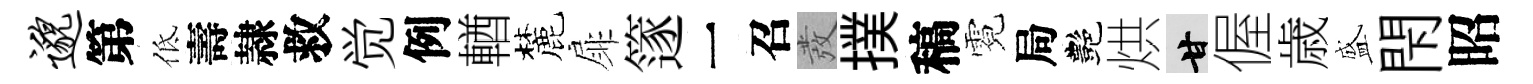
邈第低壽隷救觉例輶麓扉篴一召發撲稿霓局艷烘甘偓歳盛閇昭